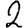
Digit: 2